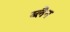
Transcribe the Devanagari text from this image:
ब्लैन